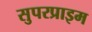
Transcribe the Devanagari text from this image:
सुपरप्राइम